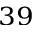
^ { 3 9 }